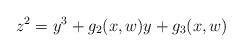
LaTeX: \begin{align*} z^2 = y^3 + g_2(x,w) y + g_3(x,w)\end{align*}